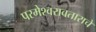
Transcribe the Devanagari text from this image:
परमेश्वरावताराचे